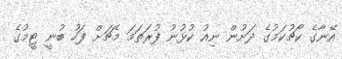
އޭނާގެ ކޯޗުކަމުގެ ދަށުން ނިއު ކުޅުނު ފުރަތަމަ މެޗަށް ފަހު ބުނީ ޓީމުގެ